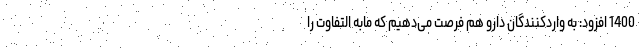
1400 افزود: به واردکنندگان دارو هم فرصت می‌دهیم که مابه التفاوت را